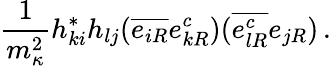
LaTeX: \frac{1}{m_{\kappa}^{2}}h_{ki}^{*}h_{lj}(\overline{{{e_{iR}}}}e_{kR}^{c})(\overline{{{e_{lR}^{c}}}}e_{jR})\, .